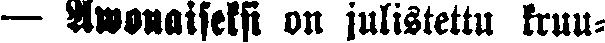
— Awonaiseksi on julistettu kruu-